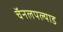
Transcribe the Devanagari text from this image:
चॅनलपल्याड